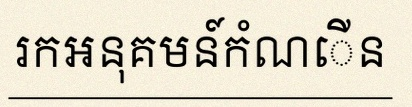
រកអនុគមន៍កំណើន